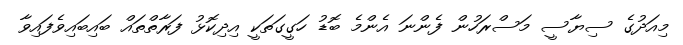
މިއަދުގެ ސިޔާސީ މަސްރަހުން ފެންނަ އެންމެ ބޮޑު ހަގީގަތަކީ އިދިކޮޅު ފަރާތްތައް ބައިބައިވެފައިވާ